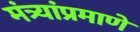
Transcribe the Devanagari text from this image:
मंत्र्यांप्रमाणे